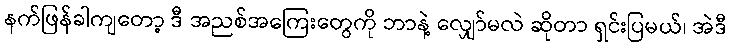
နက်ဖြန်ခါကျတော့ ဒီ အညစ်အကြေးတွေကို ဘာနဲ့ လျှော်မလဲ ဆိုတာ ရှင်းပြမယ်၊ အဲဒီ